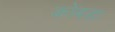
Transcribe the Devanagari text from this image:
कोबडा